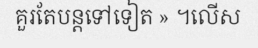
គួរតែបន្តទៅទៀត » ។លើស